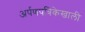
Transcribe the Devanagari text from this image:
अर्पणपत्रिकेखाली